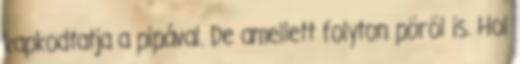
kapkodtatja a pipával. De amellett folyton pöröl is. Hol